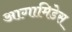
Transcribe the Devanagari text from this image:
आगामिडेस